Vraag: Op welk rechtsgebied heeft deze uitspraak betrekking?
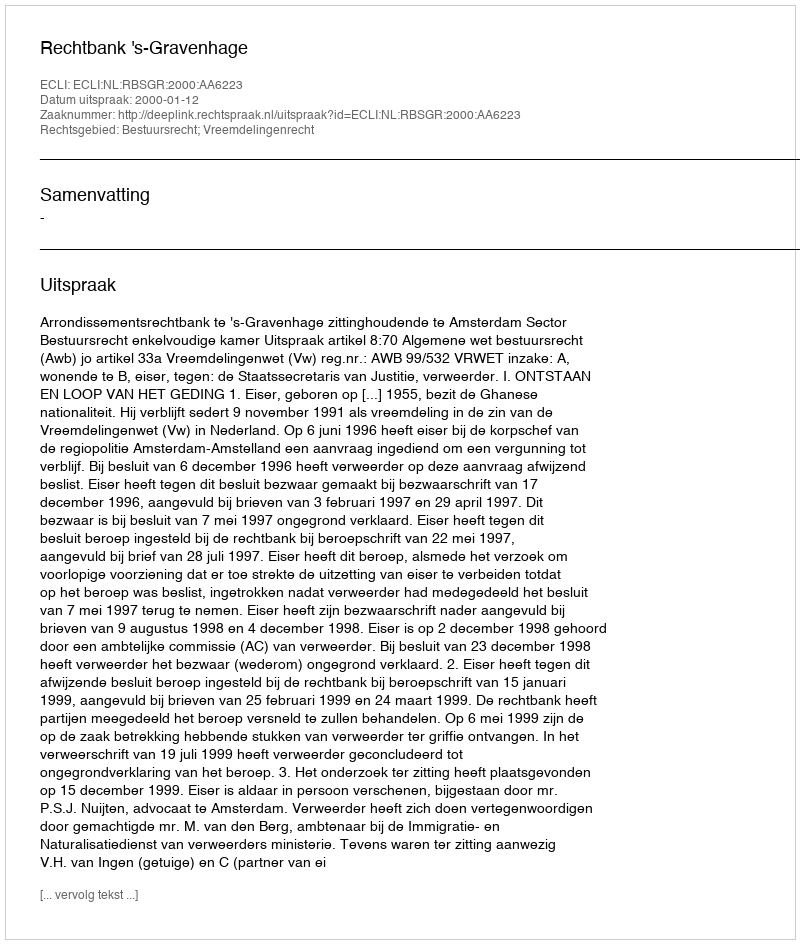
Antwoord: Bestuursrecht; Vreemdelingenrecht